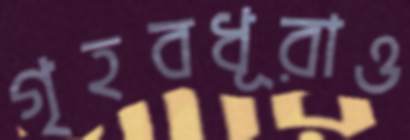
গৃহবধূরাও